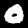
Label: 0